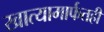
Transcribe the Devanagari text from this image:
खात्यामार्फतही